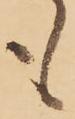
も